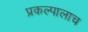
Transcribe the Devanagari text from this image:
प्रकल्पालाच